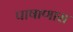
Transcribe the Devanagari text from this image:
पाषाणास